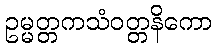
ဥမ္မတ္တကသံဝတ္တနိကော